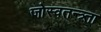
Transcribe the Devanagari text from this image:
जोस्वतन्त्र्ता